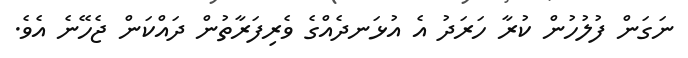
ނަގަން ފުލުހުން ކުރާ ހަރަދު އެ އުޅަނދެއްގެ ވެރިފަރާތުން ދައްކަން ޖެހޭނެ އެވެ.